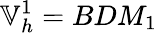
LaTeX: \mathbb{V}_{h}^{1}=BDM_{1}